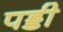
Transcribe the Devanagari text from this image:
पड्डी